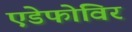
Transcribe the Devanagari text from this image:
एडेफोविर